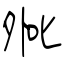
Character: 夞